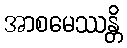
အာစမေဿန္တိ